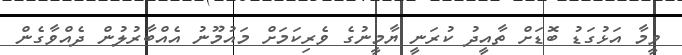
ވީމާ އަޅުގަޑު ބޮޑަށް ތާއީދު ކުރަނީ ޔާމީނުގެ ވެރިކަމަށް މައުމޫނު އެއްބާރުލުން ދެއްވާގެން